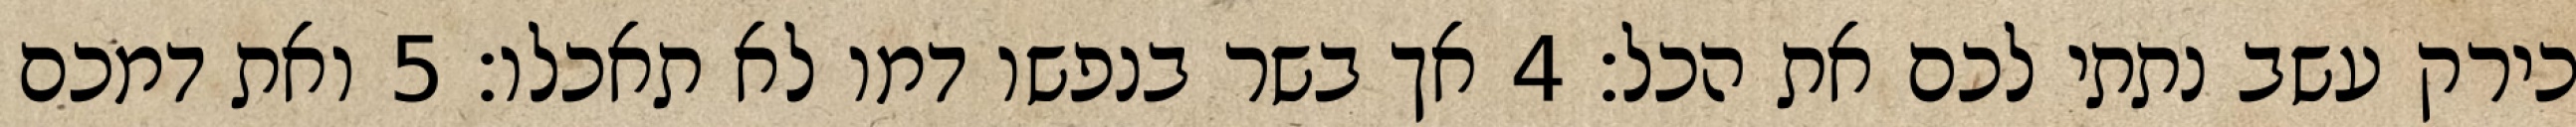
כירק עשב נתתי לכם את הכל׃ ‎4‏ אך בשר בנפשו דמו לא תאכלו׃ ‎5‏ ואת דמכם